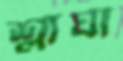
শ্লাঘা